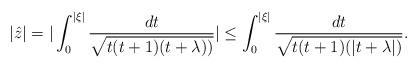
LaTeX: \begin{align*}|\hat{z}| = | \int_{0}^{|\xi|}\frac{dt}{\sqrt{t(t +1)(t +\lambda))}}| \leq \int_{0}^{|\xi|}\frac{dt}{\sqrt{t(t +1)(|t +\lambda|)}}.\end{align*}